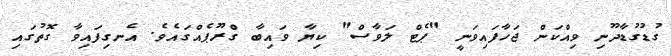
ގުޑުގުޑާދޫނި ވިއްކަން ޖަހާފައިވަނީ "ޕެޓް ލަވާސް" ކިޔާ ވައިބާ ގްރޫޕެއްގައެވެ. އެނގިފައިވާ ގޮތުގައި